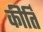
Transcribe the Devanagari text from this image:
कीर्तिं